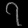
Digit: ၇